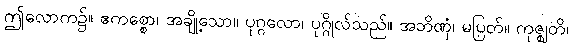
ဤလောက၌။ ဧကစ္စော၊ အချို့သော။ ပုဂ္ဂလော၊ ပုဂ္ဂိုလ်သည်။ အဘိဏှံ၊ မပြတ်။ ကုဇ္ဈတိ၊